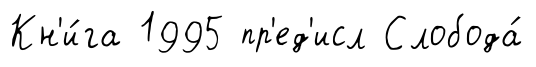
Кн'и́га 1995 пр'ед'исл Слобода́